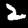
Digit: 2